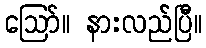
ဪ။ နားလည်ပြီ။